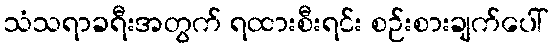
သံသရာခရီးအတွက် ရထားစီးရင်း စဉ်းစားချက်ပေါ်